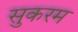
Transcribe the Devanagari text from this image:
सुकरम